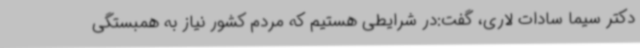
دکتر سیما سادات لاری، گفت:در شرایطی هستیم که مردم کشور نیاز به همبستگی